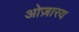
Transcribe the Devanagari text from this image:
ओज़ारय